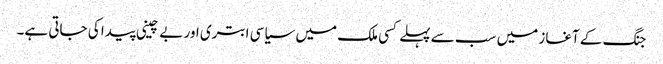
جنگ کے آغاز میں سب سے پہلے کسی ملک میں سیاسی ابتری اور بے چینی پیدا کی جاتی ہے۔